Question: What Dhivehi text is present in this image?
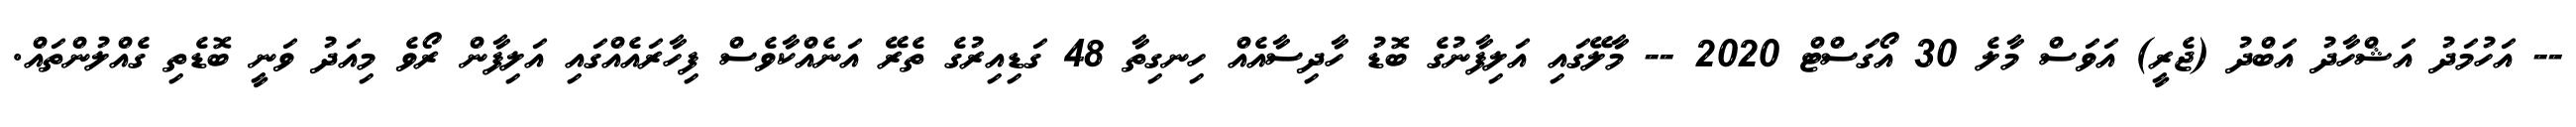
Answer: -- އަހުމަދު އަޝްހާދު އަބްދު (ޖެރީ) އަވަސް މާލެ 30 އޯގަސްޓް 2020 -- މާލޭގައި އަލިފާނުގެ ބޮޑު ހާދިސާއެއް ހިނގިތާ 48 ގަޑިއިރުގެ ތެރޭ އަނެއްކާވެސް ފިހާރައެއްގައި އަލިފާން ރޯވެ މިއަދު ވަނީ ބޮޑެތި ގެއްލުންތައް.